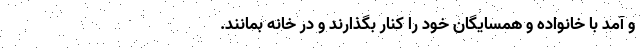
و آمد با خانواده و همسایگان خود را کنار بگذارند و در خانه بمانند.